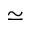
\simeq